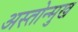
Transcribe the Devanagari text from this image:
अस्तोन्मुख